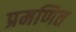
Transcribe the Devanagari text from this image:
प्रमणित